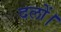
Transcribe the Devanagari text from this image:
दलों।